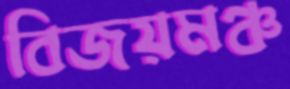
বিজয়মঞ্চ